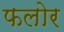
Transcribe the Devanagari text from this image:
फलोर